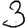
Digit: 3